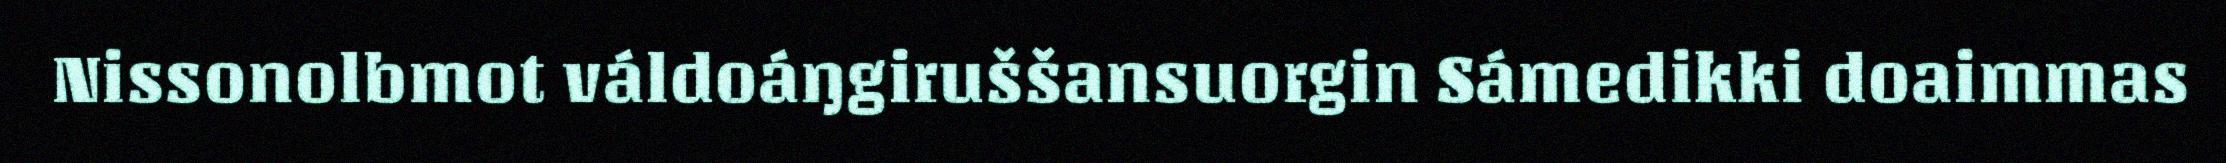
Nissonolbmot váldoáŋgiruššansuorgin Sámedikki doaimmas